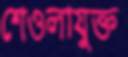
শেওলাযুক্ত